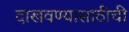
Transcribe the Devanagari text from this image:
दाखवण्यासाठीची